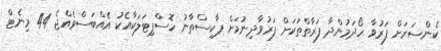
ކެންސަރަށް ފަރުވާ ހޯދަމުންދާ ފަރާތްތަކަށް ފަރުވާދިނުމަށް ޕާކިސްތާނު ހޮސްޕިޓަލަކާއެކު އެއްބަސްވެއްޖެ 44 މިނެޓް